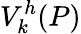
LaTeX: {V}_{k}^{h}({P})